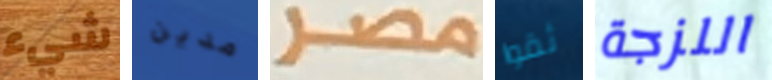
شيء مدين مصر ثقوا اللزجة